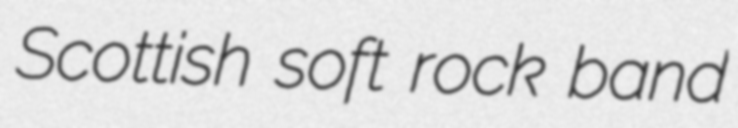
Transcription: Scottish soft rock band